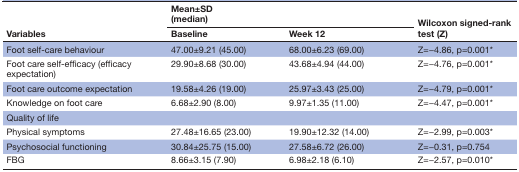
<table><thead><tr><td rowspan="2"><b>Variables</b></td><td colspan="2"><b>Mean±SD (median)</b></td><td rowspan="2"><b>Wilcoxon signed-rank test (Z)</b></td></tr><tr><td><b>Baseline</b></td><td><b>Week 12</b></td></tr></thead><tbody><tr><td>Foot self-care behaviour</td><td>47.00±9.21 (45.00)</td><td>68.00±6.23 (69.00)</td><td>Z=−4.86, p=0.001*</td></tr><tr><td>Foot care self-efficacy (efficacy expectation)</td><td>29.90±8.68 (30.00)</td><td>43.68±4.94 (44.00)</td><td>Z=−4.76, p=0.001*</td></tr><tr><td>Foot care outcome expectation</td><td>19.58±4.26 (19.00)</td><td>25.97±3.43 (25.00)</td><td>Z=−4.79, p=0.001*</td></tr><tr><td>Knowledge on foot care</td><td>6.68±2.90 (8.00)</td><td>9.97±1.35 (11.00)</td><td>Z=−4.47, p=0.001*</td></tr><tr><td>Quality of life</td><td></td><td></td><td></td></tr><tr><td>Physical symptoms</td><td>27.48±16.65 (23.00)</td><td>19.90±12.32 (14.00)</td><td>Z=−2.99, p=0.003*</td></tr><tr><td>Psychosocial functioning</td><td>30.84±25.75 (15.00)</td><td>27.58±6.72 (26.00)</td><td>Z=−0.31, p=0.754</td></tr><tr><td>FBG</td><td>8.66±3.15 (7.90)</td><td>6.98±2.18 (6.10)</td><td>Z=−2.57, p=0.010*</td></tr></tbody></table>